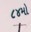
૮૪મો